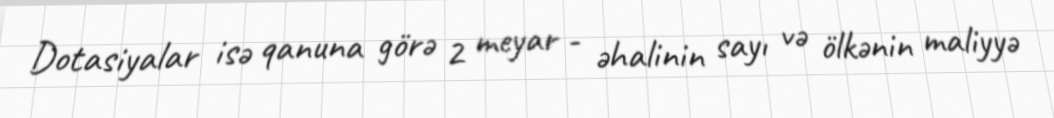
Dotasiyalar isə qanuna görə 2 meyar - əhalinin sayı və ölkənin maliyyə